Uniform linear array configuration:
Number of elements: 4
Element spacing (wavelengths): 0.75
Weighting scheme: kaiser
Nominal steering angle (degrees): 30
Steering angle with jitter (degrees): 31.894
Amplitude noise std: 0.05
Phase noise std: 0.05

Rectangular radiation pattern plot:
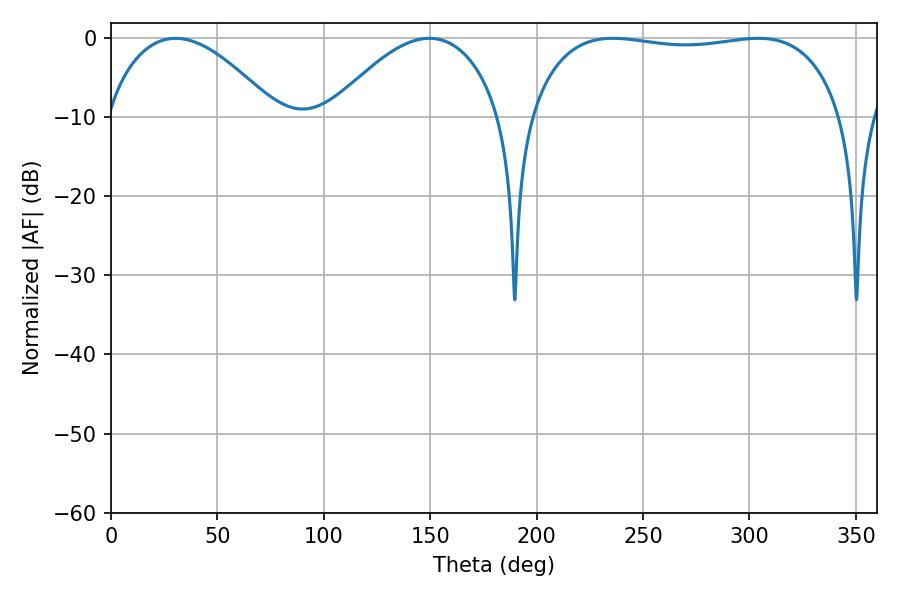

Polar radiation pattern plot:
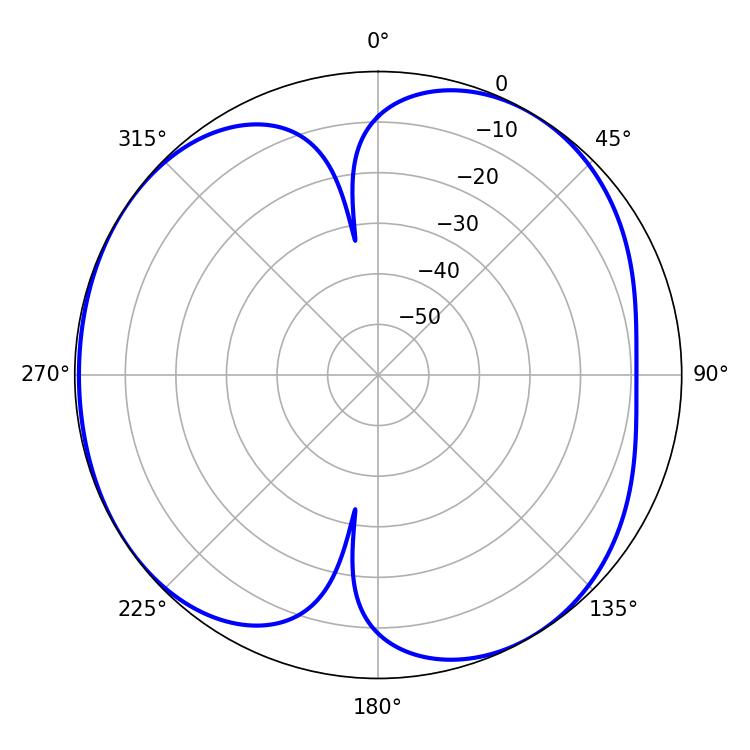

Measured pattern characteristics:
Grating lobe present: TRUE
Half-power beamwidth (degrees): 118.08
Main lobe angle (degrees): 304.2